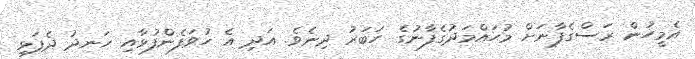
އެމީހުން ރަސްގެފާނަށް މުޙައްމަދުގެފާނުގެ ހަބަރު ދިނެވެ. އަދި އެ ހުވަފެންފުޅާއި ހަނދު ދެފަޅި